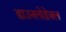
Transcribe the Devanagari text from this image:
डाउनलोड़ेबल